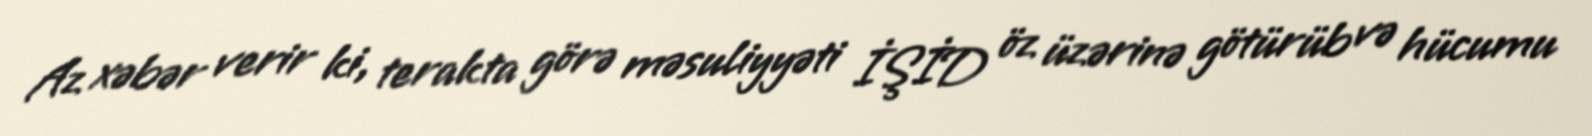
Az xəbər verir ki, terakta görə məsuliyyəti İŞİD öz üzərinə götürüb və hücumu